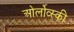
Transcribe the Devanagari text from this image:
ओर्लोव्स्की